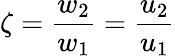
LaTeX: \zeta=\frac{w_{2}}{w_{1}}=\frac{u_{2}}{u_{1}}